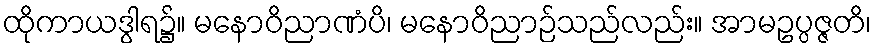
ထိုကာယဒွါရ၌။ မနောဝိညာဏံပိ၊ မနောဝိညာဉ်သည်လည်း။ အာမဥပ္ပဇ္ဇတိ၊